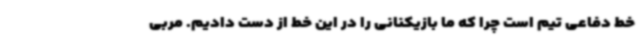
خط دفاعی تیم است چرا که ما بازیکنانی را در این خط از دست دادیم. مربی